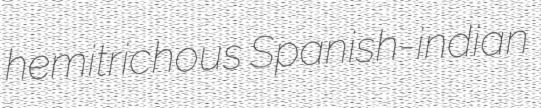
hemitrichous Spanish-indian